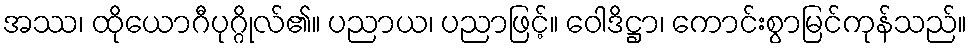
အဿ၊ ထိုယောဂီပုဂ္ဂိုလ်၏။ ပညာယ၊ ပညာဖြင့်။ ဝေါဒိဋ္ဌာ၊ ကောင်းစွာမြင်ကုန်သည်။